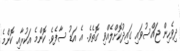
ދިވެހިން ޖައްސުވައި ގައިދުކޮށްލެއްވި ގޮތެވެ. އެ އަޑު ސާފެވެ. ކޮންމެ އަކުރާއި ކޮންމެ